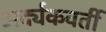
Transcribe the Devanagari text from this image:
अर्द्यकवर्ती